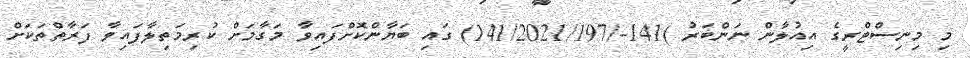
މި މިނިސްޓްރީގެ އިއުލާން ނަންބަރު )141-/141/2021/197) ގައި ބަޔާންކޮށްފައިވާ މަގާމަށް ކުރިމަތިލާފައިވާ ފަރާތްތަކަށް